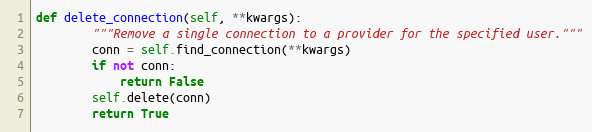
Language: Python
def delete_connection(self, **kwargs):
        """Remove a single connection to a provider for the specified user."""
        conn = self.find_connection(**kwargs)
        if not conn:
            return False
        self.delete(conn)
        return True